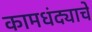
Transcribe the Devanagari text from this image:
कामधंद्याचे